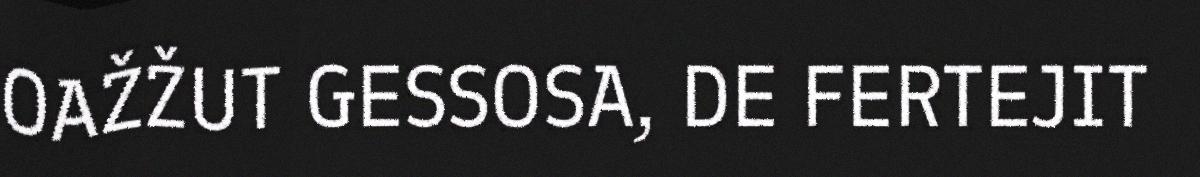
OAŽŽUT GESSOSA, DE FERTEJIT